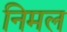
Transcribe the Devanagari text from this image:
निमल